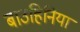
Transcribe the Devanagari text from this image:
बाउहिनिया